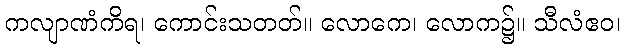
ကလျာဏံကိရ၊ ကောင်းသတတ်။ လောကေ၊ လောက၌။ သီလံဧဝ၊